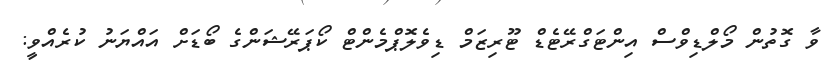
ވާ ގޮތުން މޯލްޑިވްސް އިންޓަގްރޭޓެޑް ޓޫރިޒަމް ޑިވެލޮޕްމެންޓް ކޯޕަރޭޝަންގެ ބޯޑަށް އައްޔަނު ކުރެއްވީ: